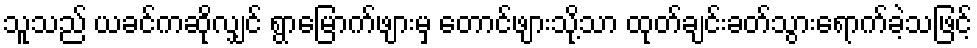
သူသည် ယခင်ကဆိုလျှင် ရွာမြောက်ဖျားမှ တောင်ဖျားသို့သာ ထုတ်ချင်းခတ်သွားရောက်ခဲ့သဖြင့်